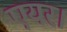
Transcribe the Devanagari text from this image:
एयर।